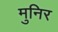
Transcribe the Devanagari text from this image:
मुनिर